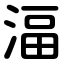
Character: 湢